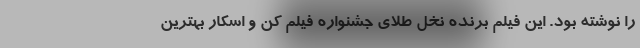
را نوشته بود. این فیلم برنده نخل طلای جشنواره فیلم کن و اسکار بهترین